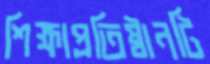
শিক্ষাপ্রতিষ্ঠানটি